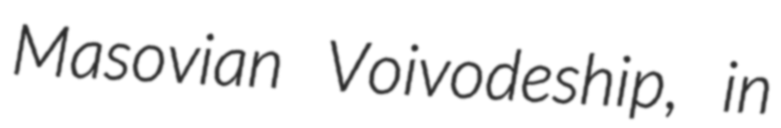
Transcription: Masovian Voivodeship, in